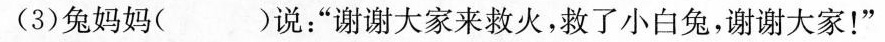
(3)兔妈妈( )说：”谢谢大家来救火，救了小白兔，谢谢大家！”